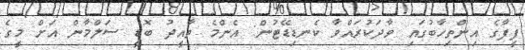
ފީފާގެ އިންތިހާބުގައި ވާދަކުރައްވާ ކެނޑިޑޭޓުން: އެންމެ ތާއީދު ބޮޑީ ސަލްމާން އަށް މީގެ